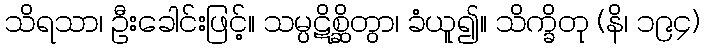
သိရသာ၊ ဦးခေါင်းဖြင့်။ သမ္ပဋိစ္ဆိတွာ၊ ခံယူ၍။ သိက္ခိတု (နိ၊ ၁၉၄)